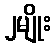
၂မျိုး